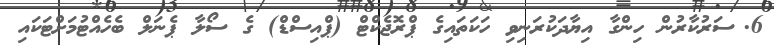
6.	ސަރުކާރުން ހިންގާ އިޔާދަކުރަނިވި ހަކަތައިގެ ޕްރޮޖެކްޓް (ޕްއިސްޑް) ގެ ސޯލާ ޕެނަލް ބެހެއްޓުމަށްޓަކައި